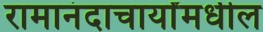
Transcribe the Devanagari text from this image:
रामानंदाचार्यांमधील